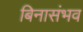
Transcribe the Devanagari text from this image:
बिनासंभव